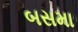
બસમા